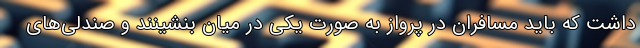
داشت که باید مسافران در پرواز به صورت یکی در میان بنشینند و صندلی‌های